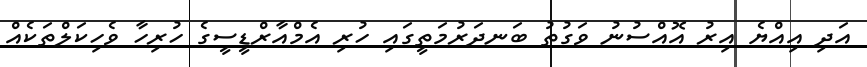
އަދި އިއްޔެ އިރު އޮއްސުނު ވަގުތު ބަނދަރުމަތީގައި ހުރި އެމްއާރްޑީސީގެ ހުރިހާ ވެހިކަލްތަކެއް